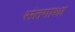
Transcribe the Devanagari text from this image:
संतगाथा